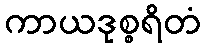
ကာယဒုစ္စရိတံ